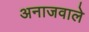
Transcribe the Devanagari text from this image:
अनाजवाले